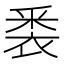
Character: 𮖈